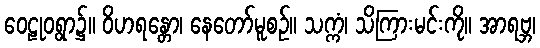
ဝေဠုဝရွာ၌။ ဝိဟရန္တော၊ နေတော်မူစဉ်။ သက္ကံ၊ သိကြားမင်းကို။ အာရဗ္ဘ၊